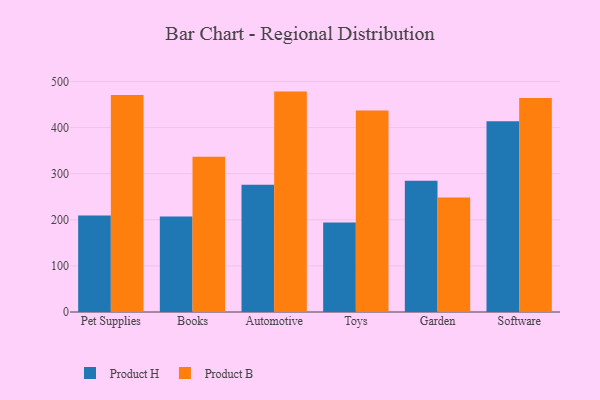
{"axis": {"x": "Category", "y": "Waste Production (Tons)"}, "legend": ["Product B", "Product H"], "data": [{"x": "Pet Supplies", "y": 209.1, "type": "Product H"}, {"x": "Pet Supplies", "y": 470.6, "type": "Product B"}, {"x": "Books", "y": 206.9, "type": "Product H"}, {"x": "Books", "y": 336.8, "type": "Product B"}, {"x": "Automotive", "y": 276.3, "type": "Product H"}, {"x": "Automotive", "y": 478.1, "type": "Product B"}, {"x": "Toys", "y": 194.4, "type": "Product H"}, {"x": "Toys", "y": 437.3, "type": "Product B"}, {"x": "Garden", "y": 284.9, "type": "Product H"}, {"x": "Garden", "y": 248.6, "type": "Product B"}, {"x": "Software", "y": 413.7, "type": "Product H"}, {"x": "Software", "y": 464.2, "type": "Product B"}]}